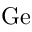
\mathrm { G e }